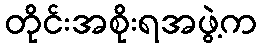
တိုင်းအစိုးရအဖွဲ့က